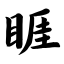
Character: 睚